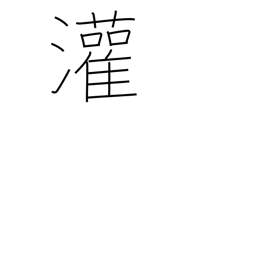
Meaning: pour